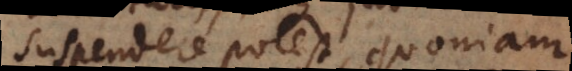
suspendere potest, quoniam